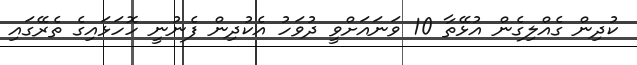
ކުދިން ގެއްލިގެން އުޅޭތާ 10 ވަނައަށްވީ ދުވަހު އެކުދިން ފެނުނީ ހޮހަޅައިގެ ތެރޭގައި